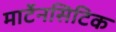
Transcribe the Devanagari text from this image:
मार्टेनसिटिक